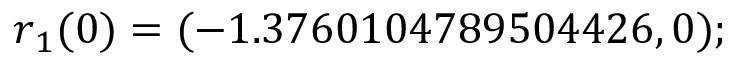
\boldsymbol { r } _ { 1 } ( 0 ) = ( - 1 . 3 7 6 0 1 0 4 7 8 9 5 0 4 4 2 6 , 0 ) ;